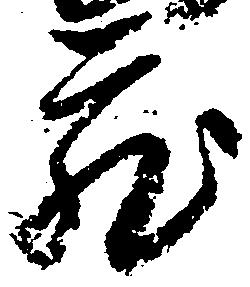
蔵